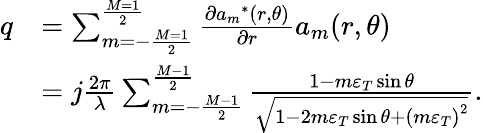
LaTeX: \begin{array}{rl}{q}&{=\sum_{m=-\frac{{M=1}}{2}}^{\frac{{M=1}}{2}}{\frac{{\partial{a_{m}}^{*}(r,\theta)}}{{\partial r}}{a_{m}}(r,\theta)}}\\ &{=j\frac{{2\pi}}{\lambda}\sum_{m=-\frac{{M-1}}{2}}^{\frac{{M-1}}{2}}{\frac{{1-m{\varepsilon_{T}}\sin\theta}}{{\sqrt{1-2m{\varepsilon_{T}}\sin\theta+{{(m{\varepsilon_{T}})}^{2}}}}}}.}\end{array}